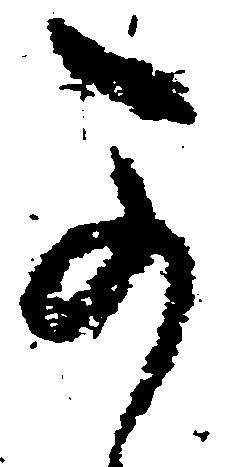
可